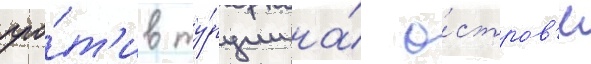
про́т'ив ту́рции на́ о́стров'е